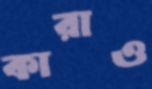
কারাও